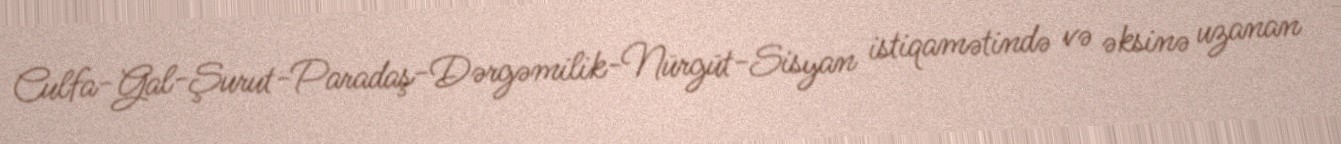
Culfa-Gal-Şurut-Paradaş-Dərgəmilik-Nürgüt-Sisyan istiqamətində və əksinə uzanan